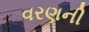
વરણની